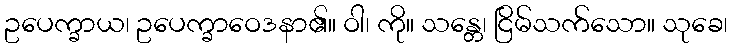
ဥပေက္ခာယ၊ ဥပေက္ခာဝေဒနာ၏။ ဝါ၊ ကို။ သန္တေ၊ ငြိမ်သက်သော။ သုခေ၊